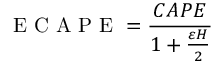
\mathrm { ~ E ~ C ~ A ~ P ~ E ~ } = \frac { C A P E } { 1 + \frac { \varepsilon H } { 2 } }